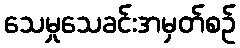
သေမှုသေခင်းအမှတ်စဉ်